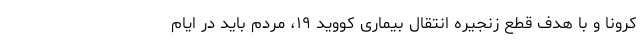
کرونا و با هدف قطع زنجیره انتقال بیماری کووید ۱۹، مردم باید در ایام